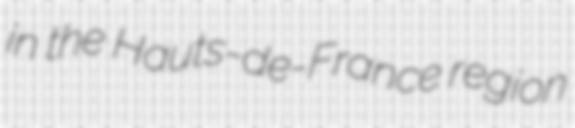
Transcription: in the Hauts-de-France region